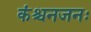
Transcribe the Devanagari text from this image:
कंश्चनजनः